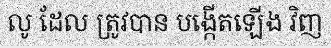
លូ ដែល ត្រូវបាន បង្កើតឡើង វិញ